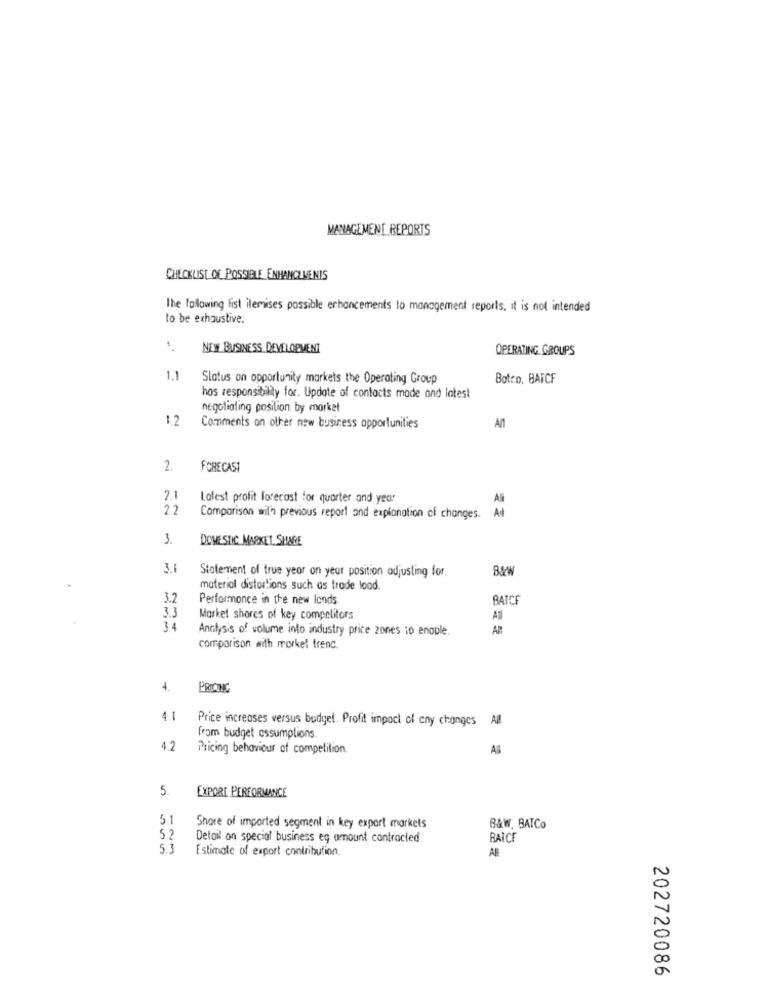
MANAGEMENT REPORTS
CHECKLIST OF POSSIBLE ENHANCEMENTS
The following list ilemises possible enhancements to management reports, it is not intended
to be exhaustive.
1.
NEW BUSINESS DEVELOPMENT
OPERATING GROUPS
1.1
Status on opportunity markets the Operating Group
Botro, BATCF
hos responsibility for. Update of contacts made and latest
negotiating position by morket
1.2
Comments on other new business opportunities
All
2.
FORECAST
2.1
Latest profit forecast for quarter and year
A
22
At
Comparison wil'a previous report and explanation of changes.
3.
DOMESTIC MARKET SHARE
3.1
Statement of true yeor on year position adjusting for.
material distortions such as trade lood.
3.2
Performonce in the new lands
BATCF
3.3
Market shores of key competitors
Al
3.4
Analysis of volume into industry price zones io enoule.
AF
comparison with merkel trend.
4.
PRICING
4.1
Price increases versus budget. Profit impact of cny changes All
from budget assumptions
4.2
Pricing behaviour of competition.
AS
5.
EXPORT PERFORMANCE
51
Share of imported segment in key export markets
B&W. BAICO
52
Detail on special business eg amount contracted
BAICE
53
Estimate of export contribution.
AE
202720086